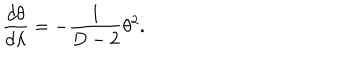
\frac { d \theta } { d \lambda } = - \frac { 1 } { D - 2 } \theta ^ { 2 } .